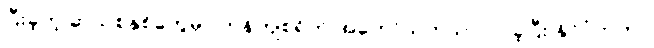
ပြီးခဲ့တဲ့ ဆယ်စုနှစ်တွေမှာ ကုန်ကျစရိတ် အတော်သက်သာလာခဲ့ပြီး နိုင်ငံတကာ